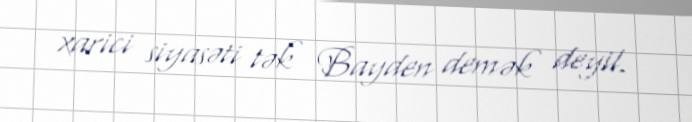
xarici siyasəti tək Bayden demək deyil.